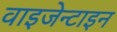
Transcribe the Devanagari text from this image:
वाइजेन्टाइन